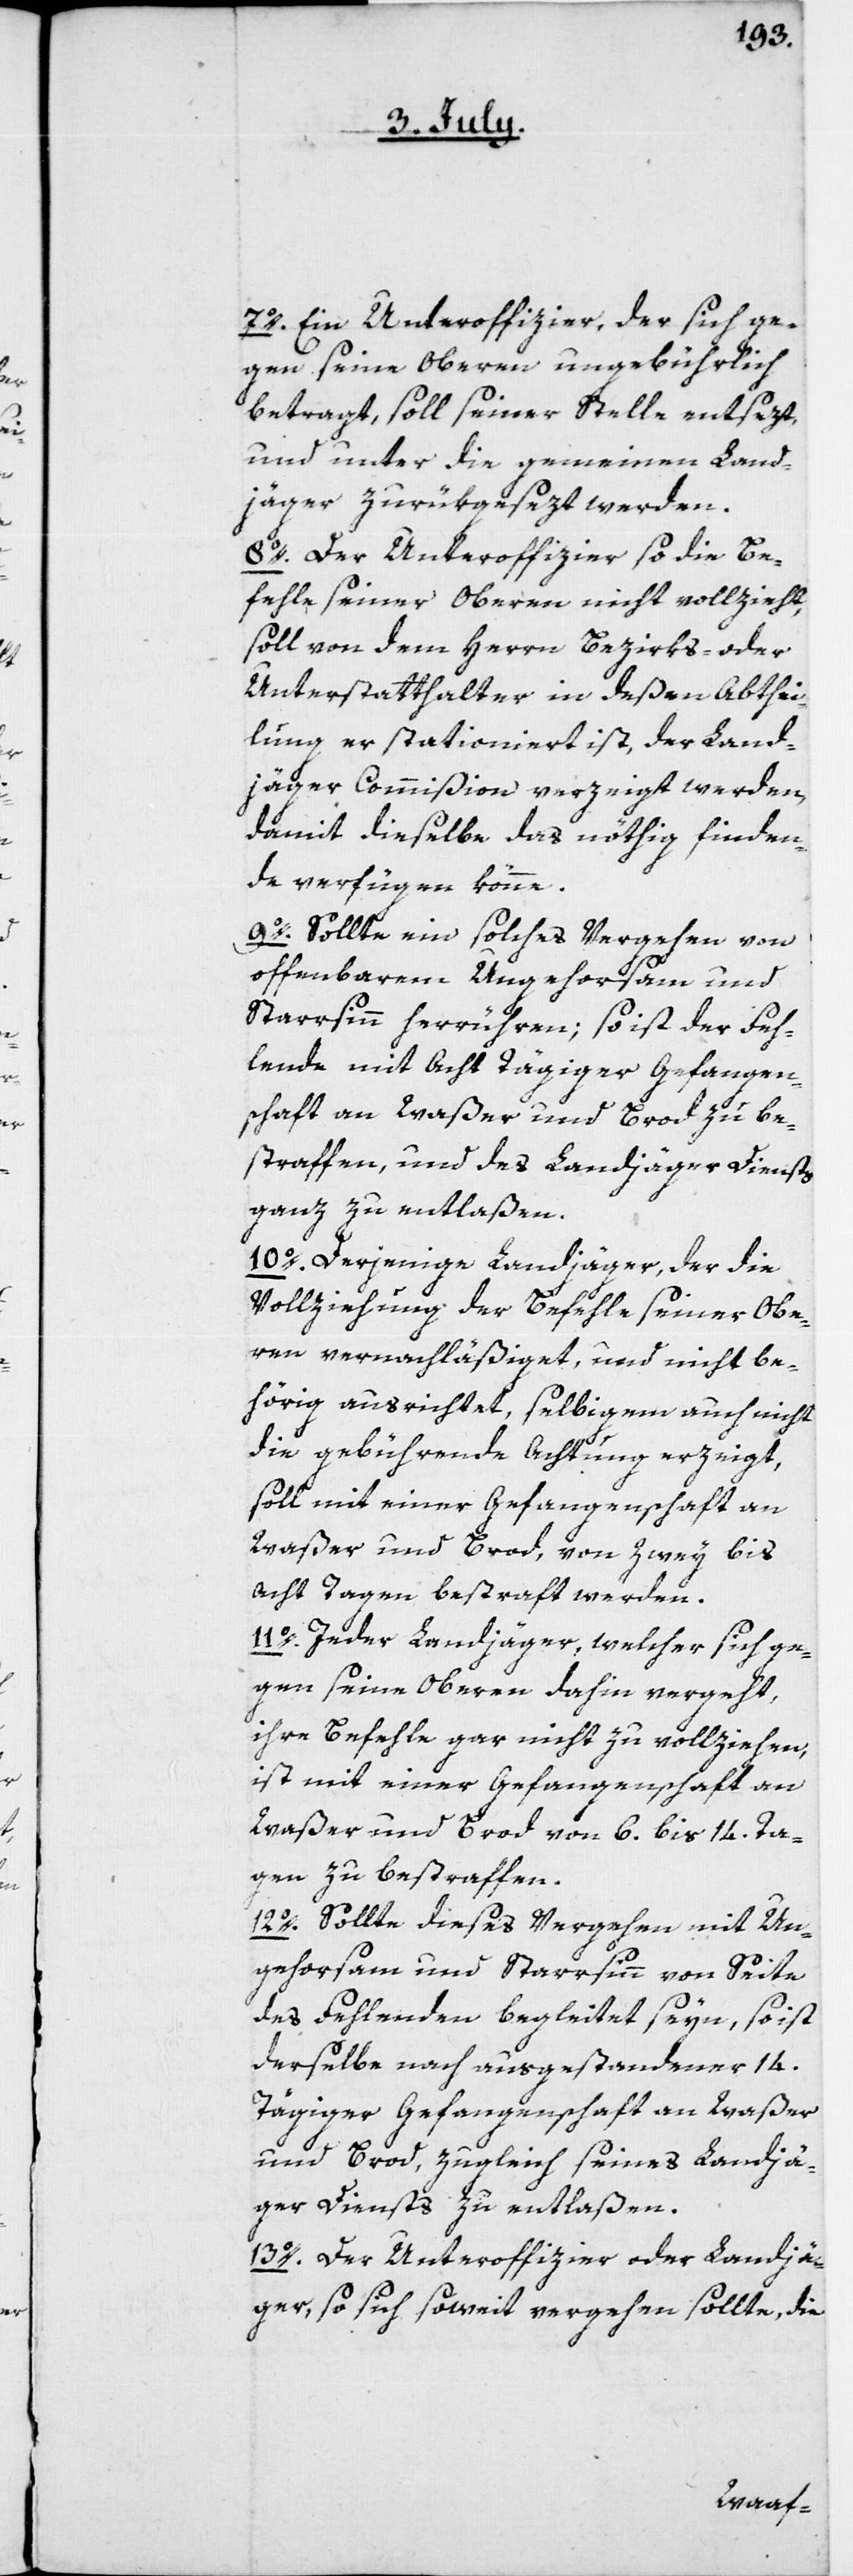
7o. Ein Unteroffizier, der sich ge¬
gen seinen Oberen ungebührlich
betragt, soll seiner Stelle entsezt,
und unter die gemeinen Land¬
jäger zurükgesezt werden.
8o. Der Unteroffizier, so die Be¬
fehle seiner Oberen nicht vollzieht,
soll von dem Herrn Bezirks- oder
Unterstatthalter, in deßen Abthei¬
lung er stationiert ist, der Land¬
jäger Commißion verzeigt werden,
damit dieselbe das nöthig finden¬
de verfügen könne.
9o. Sollte ein solches Vergehen von
offenbarem Ungehorsam und
Starrsinn herrühren; so ist der Feh¬
lende mit Acht Tägiger Gefangen¬
schaft an Waßer und Brod zu be¬
straffen, und des Landjäger Diensts
ganz zu entlaßen.
10o. Derjenige Landjäger, der die
Vollziehung der Befehle seiner Obe¬
ren vernachläßiget, und nicht be¬
hörig ausrichtet, selbigem auch nicht
die gebührende Achtung erzeigt,
soll mit einer Gefangenschaft an
Waßer und Brod, von Zwey bis
Acht Tagen bestraft werden.
11o. Jeder Landjäger, welcher sich ge¬
gen seine Oberen dahin vergeht,
ihr Befehle gar nicht zu vollziehen,
ist mit einer Gefangenschaft an
Waßer und Brod von 6. bis 14. Ta¬
gen zu bestraffen.
12o. Sollte dieses Vergehen mit Un¬
gehorsam und Starrsinn von Seite
des Fehlenden begleitet seyn, so ist
derselbe nach ausgestandener 14.
Tägiger Gefangenschaft an Waßer
und Brod, zugleich seines Landjä¬
ger Diensts zu entlaßen.
13o. Der Unteroffizier oder Landjä¬
ger, so sich soweit vergehen sollte, die